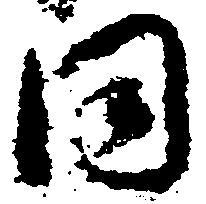
同